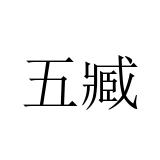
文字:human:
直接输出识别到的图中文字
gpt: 五臧